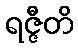
ရဇ္ဇီတိ